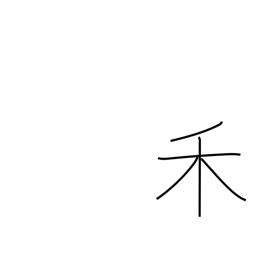
Meaning: two-branch tree radical (no. 115)